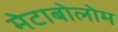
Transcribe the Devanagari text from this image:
मेटाबोलोम